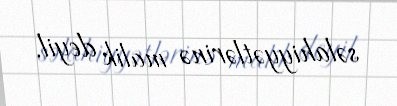
səlahiyyətlərinə malik deyil.